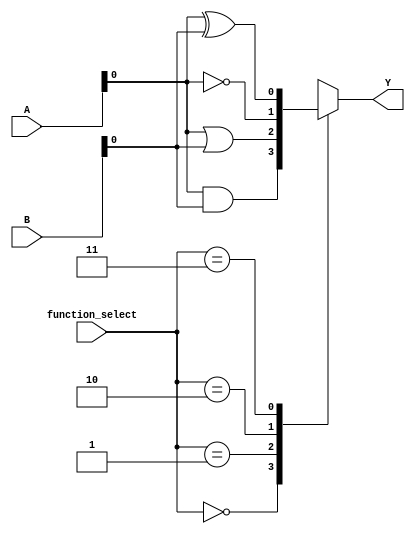
module CLB (
    input wire [2:0] A,      // 3-bit input (A, B, C)
    input wire [2:0] B,      // Additional inputs if needed
    input wire [1:0] function_select, // Function select for logic operation
    output wire Y            // Output
);

// Internal wires for different logic operations
wire and_out, or_out, not_out, nand_out, nor_out, xor_out;

// Logic Operations
assign and_out = A[0] & B[0];   // AND
assign or_out = A[0] | B[0];    // OR
assign not_out = ~A[0];         // NOT
assign nand_out = ~(A[0] & B[0]);// NAND
assign nor_out = ~(A[0] | B[0]); // NOR
assign xor_out = A[0] ^ B[0];   // XOR

// Multiplexer to select the output based on function_select
always @(*) begin
    case (function_select)
        2'b00: Y = and_out;   // Select AND
        2'b01: Y = or_out;    // Select OR
        2'b10: Y = not_out;   // Select NOT
        2'b11: Y = xor_out;   // Select XOR
        default: Y = 1'b0;    // Default case
    endcase
end

endmodule